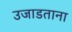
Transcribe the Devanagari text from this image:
उजाडताना